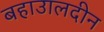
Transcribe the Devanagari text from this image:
बहाउालदीन